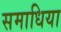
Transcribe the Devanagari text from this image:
समाधिया